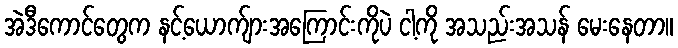
အဲဒီကောင်တွေက နင့်ယောက်ျားအကြောင်းကိုပဲ ငါ့ကို အသည်းအသန် မေးနေတာ။